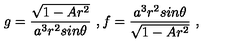
g = \frac { \sqrt { 1 - A r ^ { 2 } } } { a ^ { 3 } r ^ { 2 } s i n \theta } \ , f = \frac { a ^ { 3 } r ^ { 2 } s i n \theta } { \sqrt { 1 - A r ^ { 2 } } } \ ,